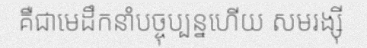
គឺជាមេដឹកនាំបច្ចុប្បន្នហើយ សមរង្ស៊ី